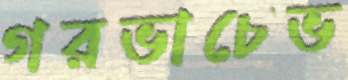
গরভাচেভ